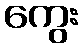
ကွေး